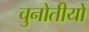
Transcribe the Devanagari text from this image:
चुनोतीयों